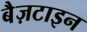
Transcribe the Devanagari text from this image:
बैज़टाइन